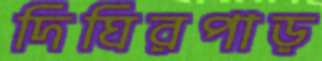
দিঘিরপাড়